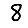
Digit: 8